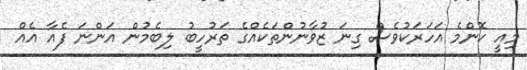
މިއީ ކޮންމެ އަހަރަކުވެސް ގިނަ ޒުވާނުންތަކެއްގެ ތަރުހީބު ލިބެމުން އަންނަ ފެއާ އެއް